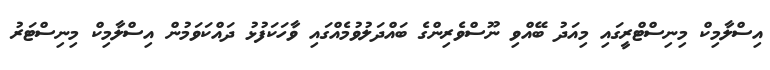
އިސްލާމިކް މިނިސްޓްރީގައި މިއަދު ބޭއްވި ނޫސްވެރިންގެ ބައްދަލުވުމެއްގައި ވާހަކަފުޅު ދައްކަވަމުން އިސްލާމިކް މިނިސްޓަރު